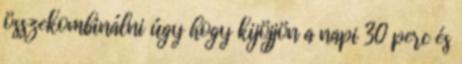
összekombinálni úgy hogy kijöjjön a napi 30 perc és